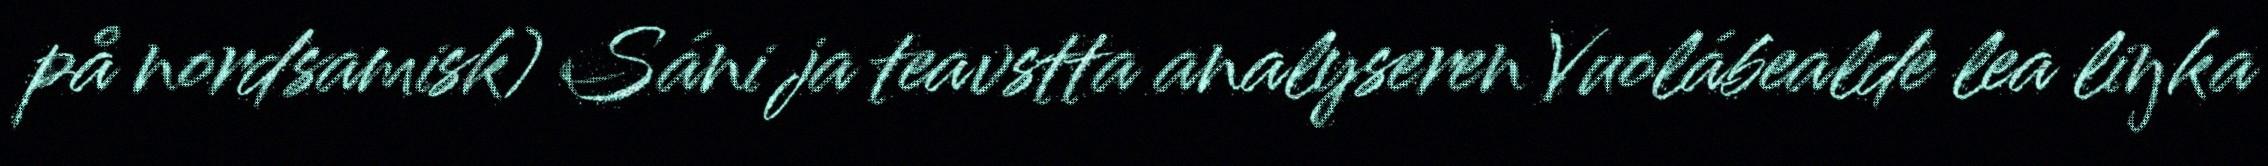
på nordsamisk) Sáni ja teavstta analyseren Vuolábealde lea liŋka